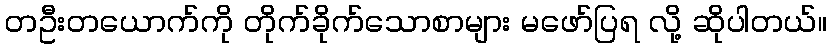
တဦးတယောက်ကို တိုက်ခိုက်သောစာများ မဖော်ပြရ လို့ ဆိုပါတယ်။